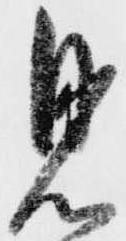
見